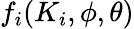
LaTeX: f_{i}(K_{i},\phi,\theta)